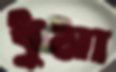
ধুমা